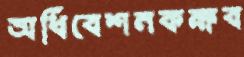
অধিবেশনকক্ষব